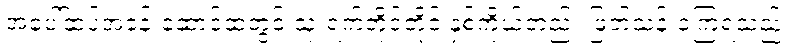
အပေါ်ထပ်အခန်းဆောင်ထဲတွင် သုံးရက်တိုင်တိုင် နှစ်ကိုယ်တည်း ဖြတ်သန်းခဲ့ကြရသည်။